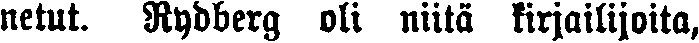
netut. Rydberg oli niitä kirjailijoita,